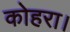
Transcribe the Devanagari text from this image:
कोहरा।